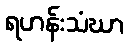
ရဟန်းသံဃာ